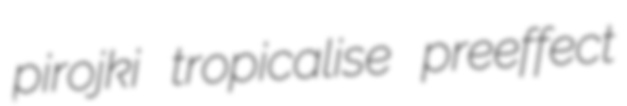
pirojki tropicalise preeffect